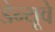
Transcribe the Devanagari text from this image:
डेन्यूवे